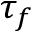
\tau _ { f }